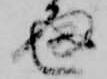
通